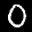
Label: 0